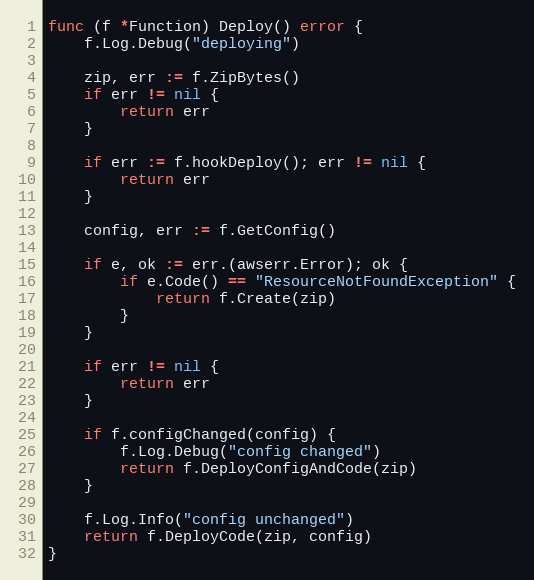
Language: Go
func (f *Function) Deploy() error {
	f.Log.Debug("deploying")

	zip, err := f.ZipBytes()
	if err != nil {
		return err
	}

	if err := f.hookDeploy(); err != nil {
		return err
	}

	config, err := f.GetConfig()

	if e, ok := err.(awserr.Error); ok {
		if e.Code() == "ResourceNotFoundException" {
			return f.Create(zip)
		}
	}

	if err != nil {
		return err
	}

	if f.configChanged(config) {
		f.Log.Debug("config changed")
		return f.DeployConfigAndCode(zip)
	}

	f.Log.Info("config unchanged")
	return f.DeployCode(zip, config)
}